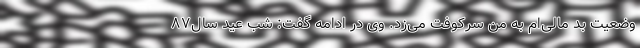
وضعیت بد مالی‌ام به من سرکوفت می‌زد. وی در ادامه گفت: شب عید سال‌۸۷